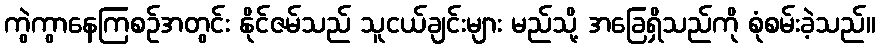
ကွဲကွာနေကြစဉ်အတွင်း နိုင်ဇမ်သည် သူငယ်ချင်းများ မည်သို့ အခြေရှိသည်ကို စုံစမ်းခဲ့သည်။